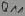
Text: Q11